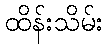
ထိန်းသိမ်း